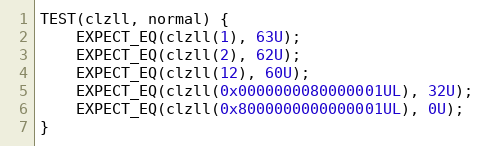
Language: C++
TEST(clzll, normal) {
    EXPECT_EQ(clzll(1), 63U);
    EXPECT_EQ(clzll(2), 62U);
    EXPECT_EQ(clzll(12), 60U);
    EXPECT_EQ(clzll(0x0000000080000001UL), 32U);
    EXPECT_EQ(clzll(0x8000000000000001UL), 0U);
}